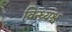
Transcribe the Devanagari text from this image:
विन्ध्यश्च